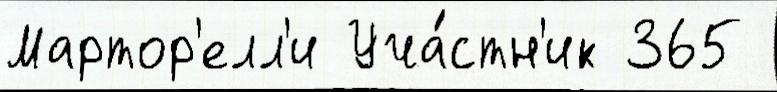
Мартор'елл'и Уча́стн'ик 365